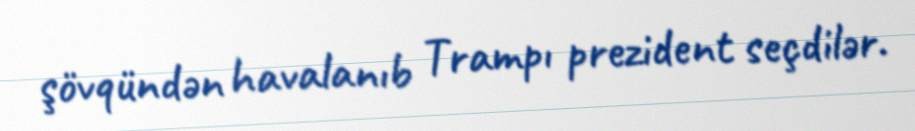
şövqündən havalanıb Trampı prezident seçdilər.